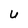
Character: U